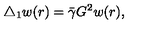
\triangle _ { 1 } w ( r ) = \bar { \gamma } G ^ { 2 } w ( r ) ,